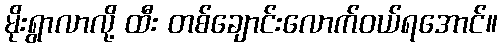
မိုးရွာလာလို့ ထီး တစ်ချောင်းလောက်ဝယ်ရအောင်။